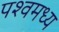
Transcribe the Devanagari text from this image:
पश्वमध्य